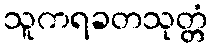
သူကရခတသုတ္တံ